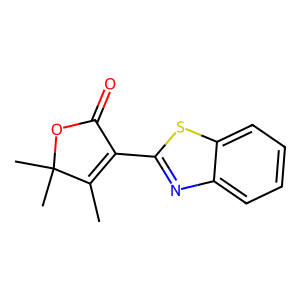
SMILES: CC1=C(c2nc3ccccc3s2)C(=O)OC1(C)C
Inhibits HIV replication: No